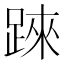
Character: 𨂐